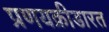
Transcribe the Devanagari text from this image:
प्रणयक्रीडारत